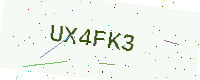
Text: UX4FK3